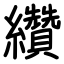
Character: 纘